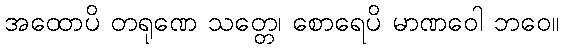
အထောပိ တရုဏေ သတ္တေ၊ စောရေပိ မာဏဝေါ ဘဝေ။